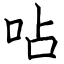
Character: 呫